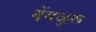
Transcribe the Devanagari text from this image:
बेंगळुरू